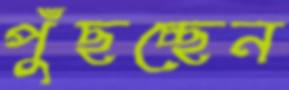
পুঁছচ্ছেন